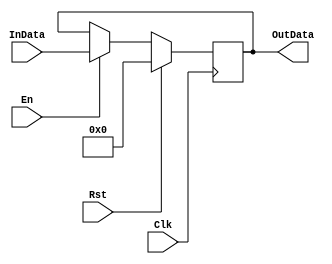
module buffer(Rst, Clk, En, InData, OutData);
parameter N = 16;
input Clk, Rst, En;
input[N-1:0] InData;
output[N-1:0] OutData;

reg[N-1:0] Data;
assign OutData = Data;

always @(negedge Clk)
begin
if (Rst)
  Data = 0;
else if(En)
  Data = InData;
else
  Data = Data;
end


endmodule